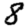
Digit: 8